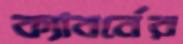
ক্যাবর্নের